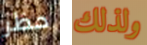
حظر ولذلك